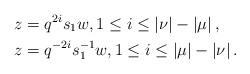
LaTeX: \begin{align*}&z=q^{2i}s_1 w,1\le i\le |\nu|-|\mu|\,,\\&z=q^{-2i}s_1^{-1} w,1\le i\le |\mu|-|\nu|\,.\end{align*}